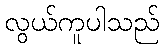
လွယ်ကူပါသည်